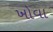
ખોવા